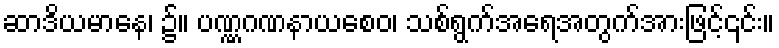
ဆာဒိယမာနေ၊ ၌။ ပဏ္ဏဂဏနာယစေဝ၊ သစ်ရွက်အရေအတွက်အားဖြင့်၎င်း။